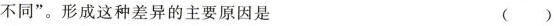
不同”。形成这种差异的主要原因是 ()